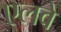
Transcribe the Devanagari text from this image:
एलवे